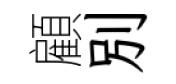
顧別